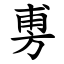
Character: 旉